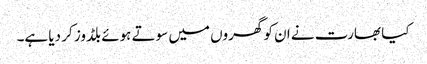
کیا بھارت نے ان کو گھروں میں سوتے ہوئے بلڈوز کر دیا ہے۔